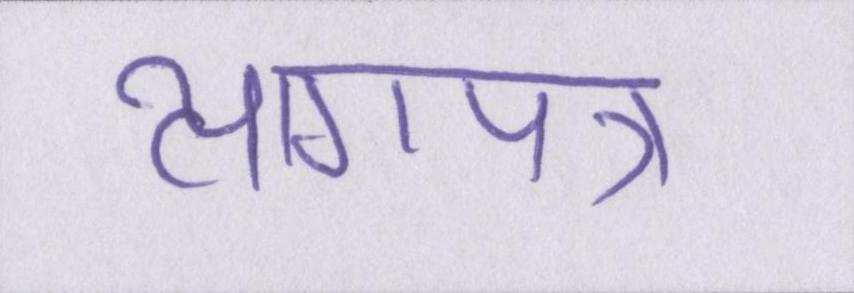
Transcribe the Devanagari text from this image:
त्यागपत्र